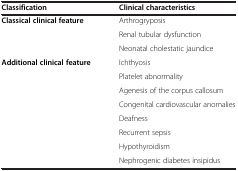
<table><thead><tr><td><b>Classification</b></td><td><b>Clinical characteristics</b></td></tr></thead><tbody><tr><td rowspan="3"><b>Classical clinical feature</b></td><td>Arthrogryposis</td></tr><tr><td>Renal tubular dysfunction</td></tr><tr><td>Neonatal cholestatic jaundice</td></tr><tr><td rowspan="8"><b>Additional clinical feature</b></td><td>Ichthyosis</td></tr><tr><td>Platelet abnormality</td></tr><tr><td>Agenesis of the corpus callosum</td></tr><tr><td>Congenital cardiovascular anomalies</td></tr><tr><td>Deafness</td></tr><tr><td>Recurrent sepsis</td></tr><tr><td>Hypothyroidism</td></tr><tr><td>Nephrogenic diabetes insipidus</td></tr></tbody></table>